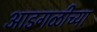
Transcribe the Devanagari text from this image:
आडगळीच्या